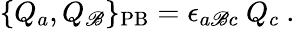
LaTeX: \{ Q_{a},Q_{\mathscr{B}}\} _{\mathrm{{PB}}}=\epsilon_{a\mathscr{B}c}\ Q_{c}\ .